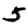
Digit: 5